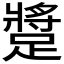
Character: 𨄚